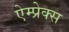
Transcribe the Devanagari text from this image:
ऐम्प्रेक्स